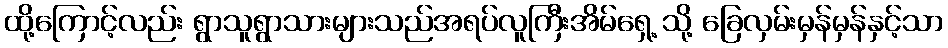
ထို့ကြောင့်လည်း ရွာသူရွာသားများသည်အရပ်လူကြီးအိမ်ရှေ့ သို့ ခြေလှမ်းမှန်မှန်နှင့်သာ